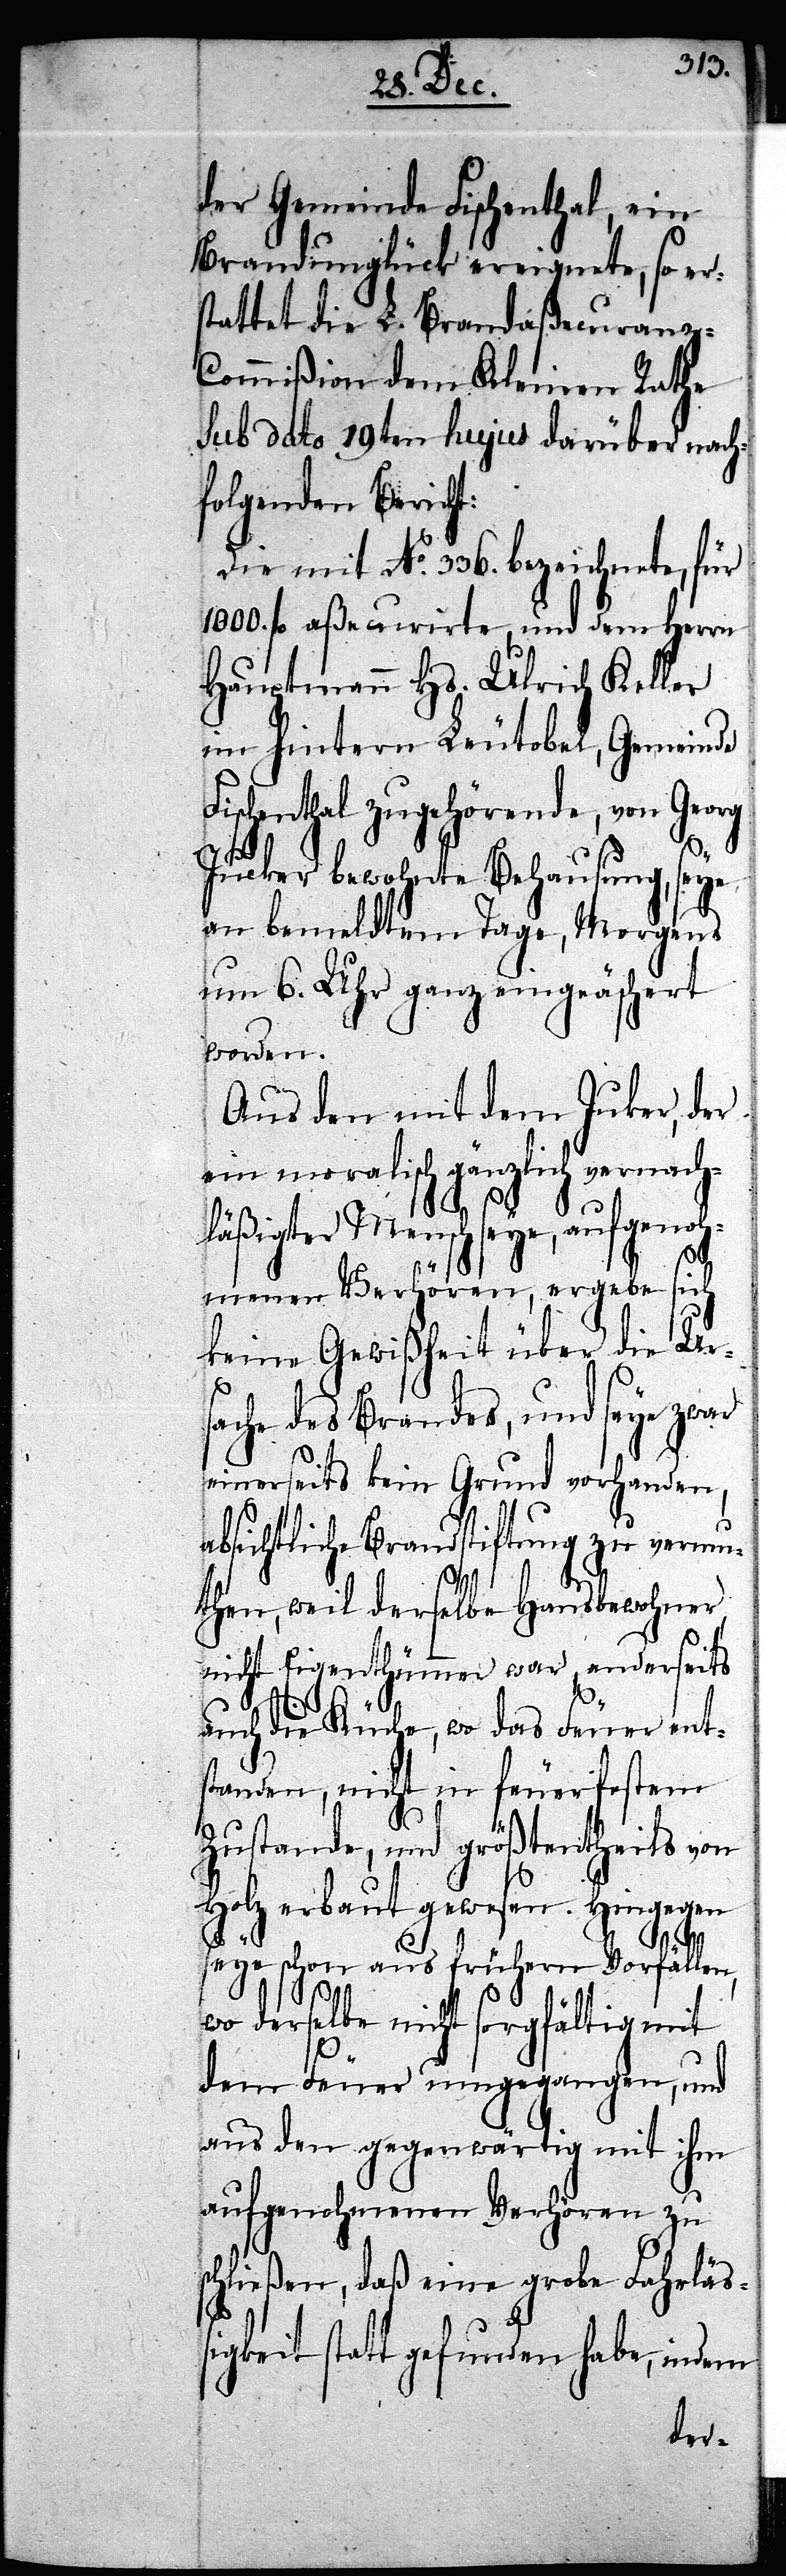
der Gemeinde Fischenthal, ein
Brandunglück ereignete, so er¬
statte die L. Brandaßecuranz-C¬
ommißion dem Kleinen Rathe
sub dato 19ten hujus darüber nach¬
folgenden Bericht:
Die mit No. 336. bezeichnete, für
1000.fl aßecurirte, und dem Herrn
Hauptmann Hs. Ulrich Keller
im hintern Leutobel, Gemeinde
Fischenthal zugehörende, von Georg
Jucker bewohnte Behausung, seye
an bemeldtem Tage, Morgens
um 6. Uhr ganz eingeäschert
worden.
Aus den mit dem Juker
ein moralisch gänzlich vernach¬
läßigter Mensch seye, aufgenoh¬
menen Verhören, ergebe sich
keine Gewißheit über die Ur¬
sache des Brandes, und seye zwar
einerseits kein Grund vorhanden,
absichtliche Brandstiftung zu vermu¬
then, weil derselbe Hausbewohner,
nicht Eigenthümmer war, anderseits
auch die Küche, wo das Feuer ent¬
standen, nicht in feuerfestem
Zustande, und größtenheils von
Holz erbaut gewesen. Hingegen
seye schon aus frühern Vorfällen,
wo derselbe nicht sorgfältig mit
dem Feuer umgegangen, und
aus den gegenwärtig mit ihm
aufgenohmenen Verhören zu
schließen, daß eine grobe Fahrläß¬
igkeit statt gefunden habe, indem
der